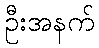
ဦးအနက်